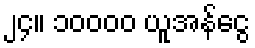
၂၄။ ၁၀၀၀၀ ယူအန်ငွေ